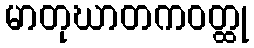
မာတုဃာတကဝတ္ထု